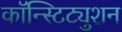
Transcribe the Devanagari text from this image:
कॉन्स्टिट्युशन